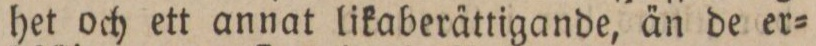
het och ett annat likaberättigande, än de er=